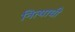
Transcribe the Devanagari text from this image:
नित्याची